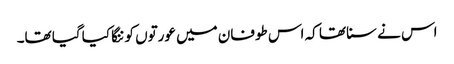
اس نے سنا تھا کہ اس طوفان میں عورتوں کو ننگا کیا گیا تھا۔